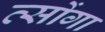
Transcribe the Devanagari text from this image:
त्सोंगा